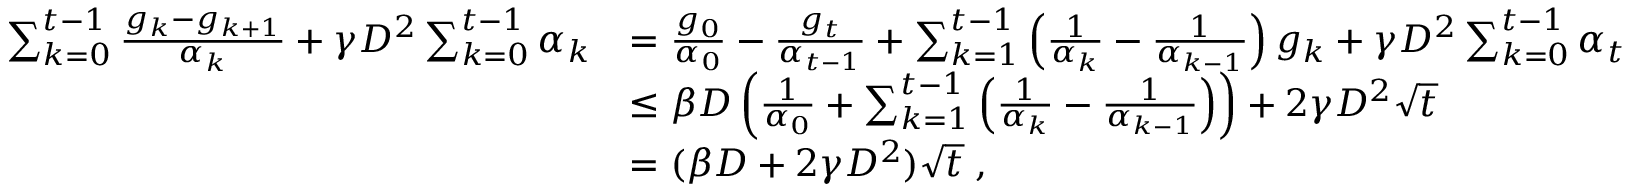
\begin{array} { r l } { \sum _ { k = 0 } ^ { t - 1 } \frac { g _ { k } - g _ { k + 1 } } { \alpha _ { k } } + \gamma D ^ { 2 } \sum _ { k = 0 } ^ { t - 1 } \alpha _ { k } } & { = \frac { g _ { 0 } } { \alpha _ { 0 } } - \frac { g _ { t } } { \alpha _ { t - 1 } } + \sum _ { k = 1 } ^ { t - 1 } \left( \frac { 1 } { \alpha _ { k } } - \frac { 1 } { \alpha _ { k - 1 } } \right) g _ { k } + \gamma D ^ { 2 } \sum _ { k = 0 } ^ { t - 1 } \alpha _ { t } } \\ & { \leq \beta D \left( \frac { 1 } { \alpha _ { 0 } } + \sum _ { k = 1 } ^ { t - 1 } \left( \frac { 1 } { \alpha _ { k } } - \frac { 1 } { \alpha _ { k - 1 } } \right) \right) + 2 \gamma D ^ { 2 } \sqrt { t } } \\ & { = ( \beta D + 2 \gamma D ^ { 2 } ) \sqrt { t } \; , } \end{array}